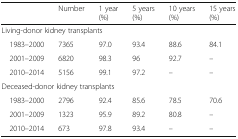
|  | Number | 1 year (%) | 5 years (%) | 10 years (%) | 15 years (%) |
 | --- | --- | --- | --- | --- | --- |
 | <COLSPAN=6> Living-donor kidney transplants |
 | 1983–2000 | 7365 | 97.0 | 93.4 | 88.6 | 84.1 |
 | 2001–2009 | 6820 | 98.3 | 96 | 92.7 | – |
 | 2010–2014 | 5156 | 99.1 | 97.2 | – | – |
 | <COLSPAN=6> Deceased-donor kidney transplants |
 | 1983–2000 | 2796 | 92.4 | 85.6 | 78.5 | 70.6 |
 | 2001–2009 | 1323 | 95.9 | 89.2 | 80.8 | – |
 | 2010–2014 | 673 | 97.8 | 93.4 | – | – |